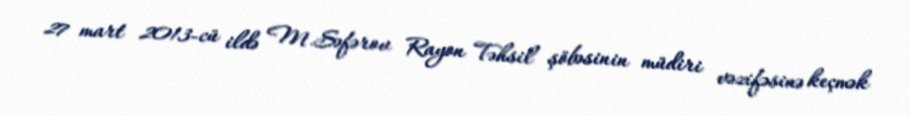
27 mart 2013-cü ildə M.Səfərov Rayon Təhsil şöbəsinin müdiri vəzifəsinə keçmək